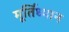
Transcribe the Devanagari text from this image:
मूर्तिध्यान